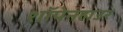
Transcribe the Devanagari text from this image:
शॉपेनहाउर